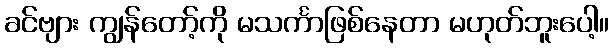
ခင်ဗျား ကျွန်တော့်ကို မသင်္ကာဖြစ်နေတာ မဟုတ်ဘူးပေါ့။